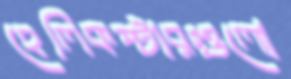
হেলিকপ্টারগুলো